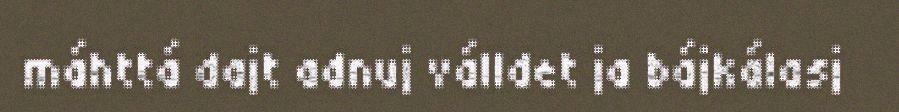
máhttá dajt adnuj válldet ja bájkálasj